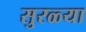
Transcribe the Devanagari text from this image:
सुरळ्या